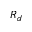
R _ { d }